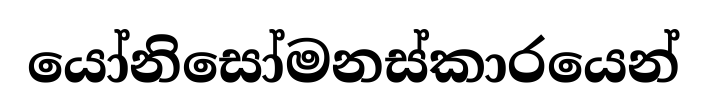
යෝනිසෝමනස්කාරයෙන්